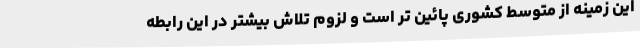
این زمینه از متوسط کشوری پائین تر است و لزوم تلاش بیشتر در این رابطه